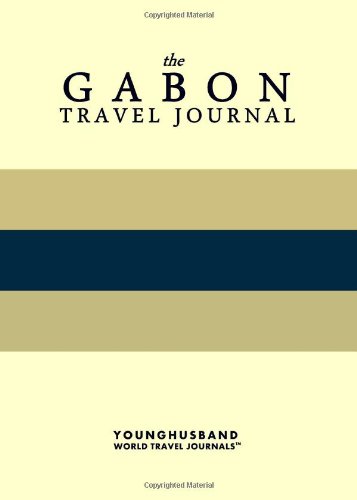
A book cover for The Gabon Travel Journal; Younghusband World Travel Journals; Travel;